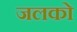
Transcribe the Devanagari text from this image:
जलको